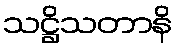
သဋ္ဌိသတာနိ